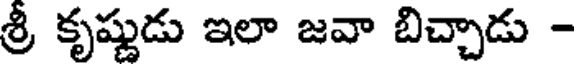
శ్రీ కృష్ణుడు ఇలా జవా బిచ్చాడు -